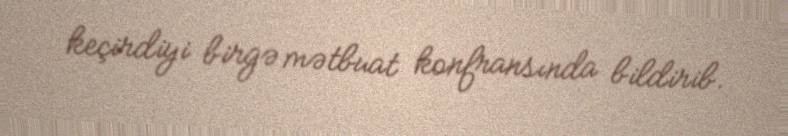
keçirdiyi birgə mətbuat konfransında bildirib.